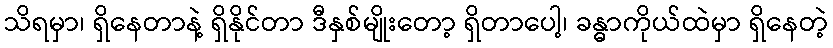
သိရမှာ၊ ရှိနေတာနဲ့ ရှိနိုင်တာ ဒီနှစ်မျိုးတော့ ရှိတာပေါ့၊ ခန္ဓာကိုယ်ထဲမှာ ရှိနေတဲ့